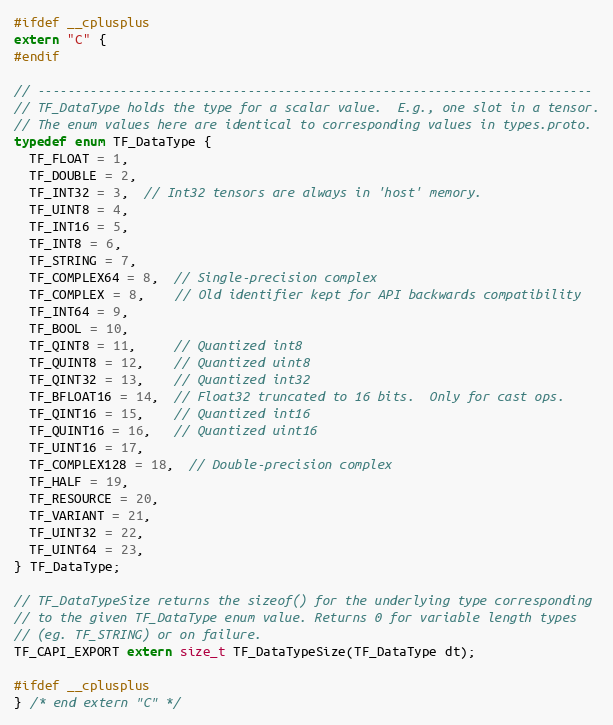
Language: C
#ifdef __cplusplus
extern "C" {
#endif

// --------------------------------------------------------------------------
// TF_DataType holds the type for a scalar value.  E.g., one slot in a tensor.
// The enum values here are identical to corresponding values in types.proto.
typedef enum TF_DataType {
  TF_FLOAT = 1,
  TF_DOUBLE = 2,
  TF_INT32 = 3,  // Int32 tensors are always in 'host' memory.
  TF_UINT8 = 4,
  TF_INT16 = 5,
  TF_INT8 = 6,
  TF_STRING = 7,
  TF_COMPLEX64 = 8,  // Single-precision complex
  TF_COMPLEX = 8,    // Old identifier kept for API backwards compatibility
  TF_INT64 = 9,
  TF_BOOL = 10,
  TF_QINT8 = 11,     // Quantized int8
  TF_QUINT8 = 12,    // Quantized uint8
  TF_QINT32 = 13,    // Quantized int32
  TF_BFLOAT16 = 14,  // Float32 truncated to 16 bits.  Only for cast ops.
  TF_QINT16 = 15,    // Quantized int16
  TF_QUINT16 = 16,   // Quantized uint16
  TF_UINT16 = 17,
  TF_COMPLEX128 = 18,  // Double-precision complex
  TF_HALF = 19,
  TF_RESOURCE = 20,
  TF_VARIANT = 21,
  TF_UINT32 = 22,
  TF_UINT64 = 23,
} TF_DataType;

// TF_DataTypeSize returns the sizeof() for the underlying type corresponding
// to the given TF_DataType enum value. Returns 0 for variable length types
// (eg. TF_STRING) or on failure.
TF_CAPI_EXPORT extern size_t TF_DataTypeSize(TF_DataType dt);

#ifdef __cplusplus
} /* end extern "C" */